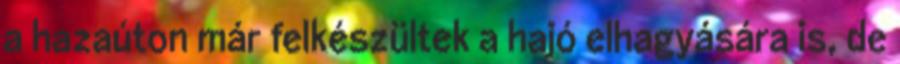
a hazaúton már felkészültek a hajó elhagyására is, de